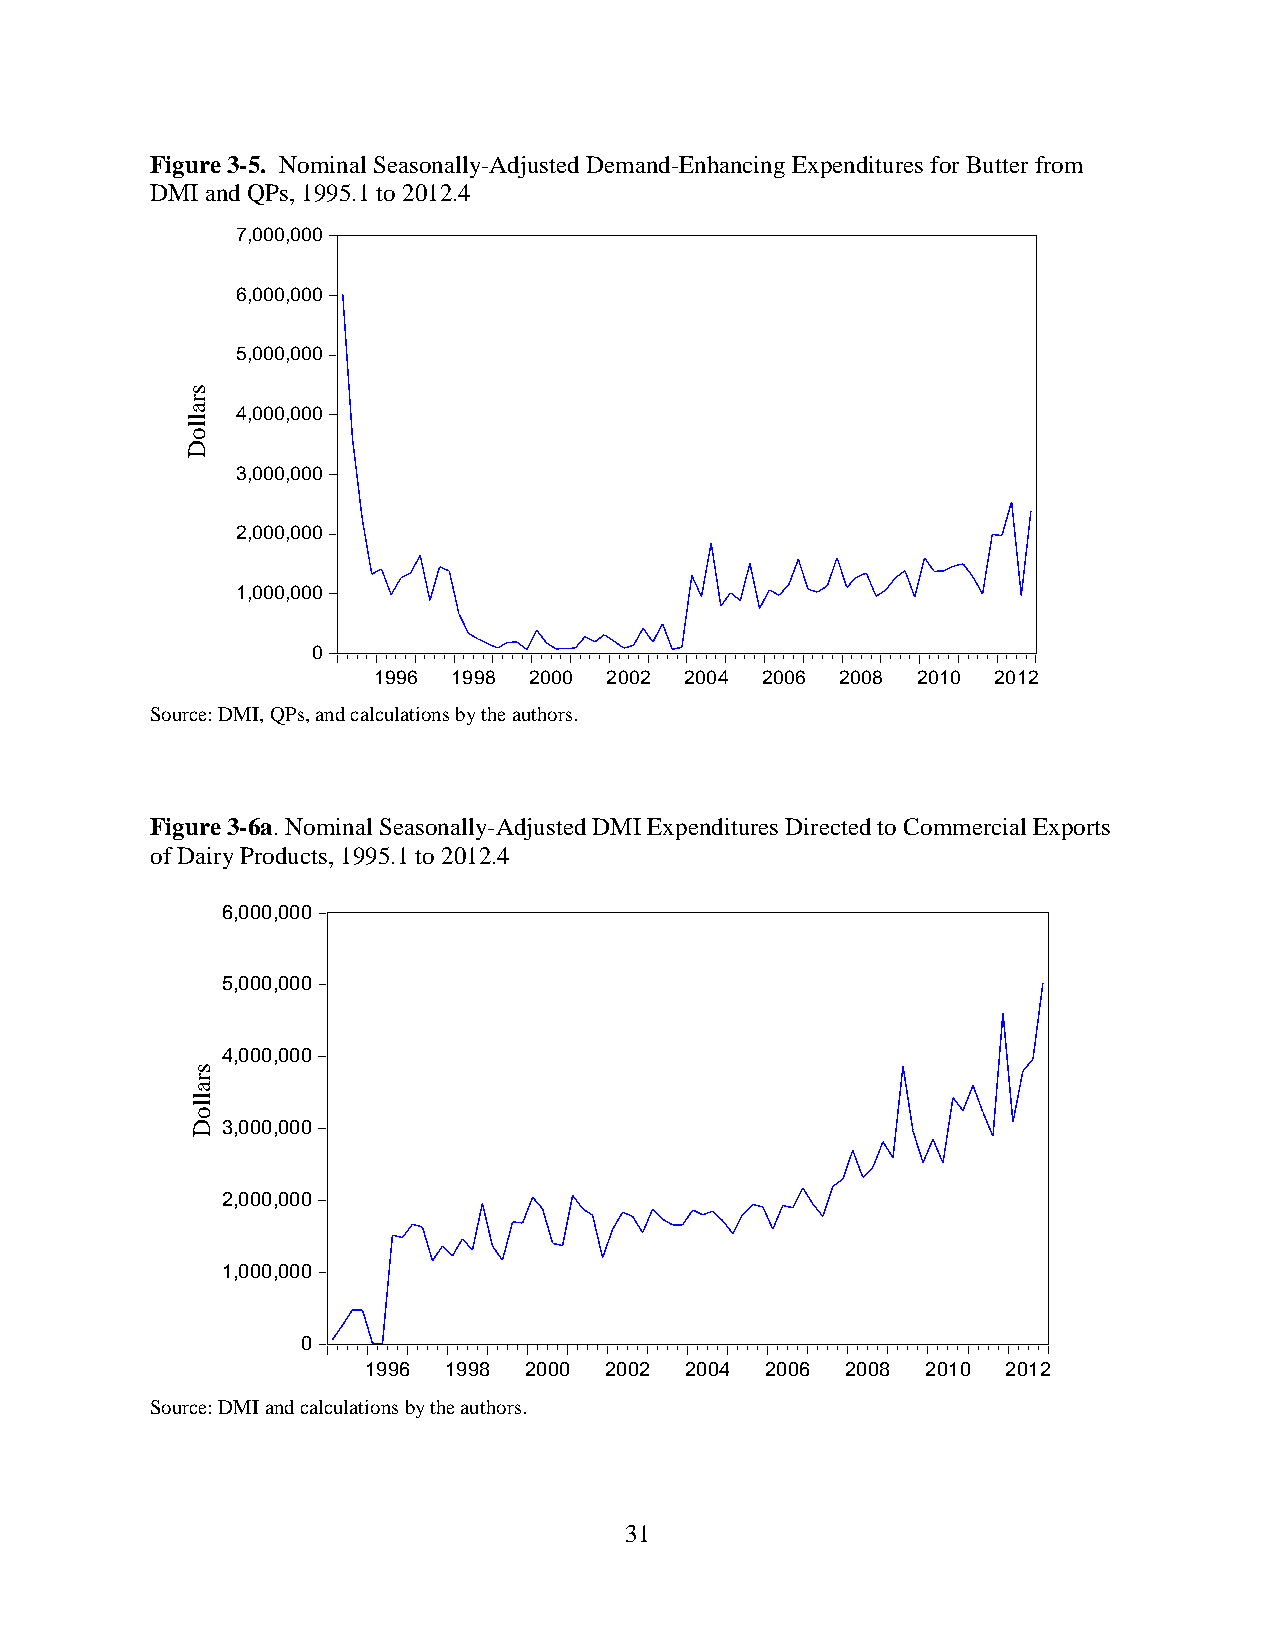
Figure 3-5. Nominal Seasonally-Adjusted Demand-Enhancing Expenditures for Butter from
 DMI and QPs, 1995.1 to 2012.4
 7,000,000
 6,000,000
 5,000,000
 4,000,000
 3,000,000
 2,000,000
 1,000,000
 0
 1996 1998 2000 2002 2004 2006  2008 2010 2012
 Source: DMI, QPs, and calculations by the authors.
 Figure 3-6a. Nominal Seasonally-Adjusted DMI Expenditures Directed to Commercial Exports
 of Dairy Products, 1995.1 to 2012.4
 6,000,000
 5,000,000
 4,000,000
 3,000,000
 2,000,000
 1,000,000
 0
 1996 1998  2000 2002 2004  2006 2008 2010  2012
 Source: DMI and calculations by the authors.
 31
 sralloD
 sralloD